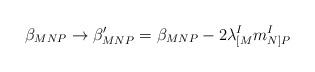
LaTeX: \begin{align*}\beta_{MNP} \rightarrow \beta'_{MNP} = \beta_{MNP}- 2 \lambda^I_{[M} m^I_{N]P}\end{align*}